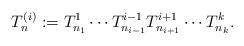
LaTeX: \begin{align*}T_{n}^{(i)}: = T_{n_1}^{1} \cdots T_{n_{i-1}}^{i-1} T_{n_{i+1}}^{i+1} \cdots T_{n_k}^{k}.\end{align*}